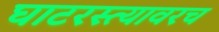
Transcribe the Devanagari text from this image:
घाटरस्त्यावरच